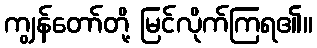
ကျွန်တော်တို့ မြင်လိုက်ကြရ၏။